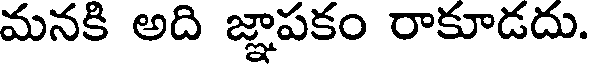
మనకి అది జ్ఞాపకం రాకూడదు.